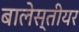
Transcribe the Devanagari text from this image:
बालेस्तीयर